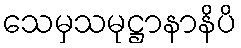
သေမှသမုဋ္ဌာနာနိပိ